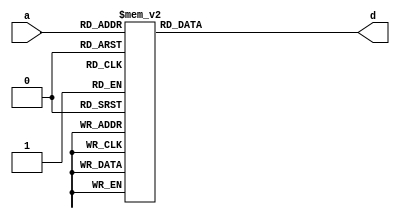
`timescale 1ns / 1ps
//////////////////////////////////////////////////////////////////////////////////
// Company:
// Engineer:
//
// Design Name:
// Module Name:    S0_box
// Project Name:
// Target Devices:
// Tool versions:
// Description:
//
// Dependencies:
//
// Revision:
// Revision 0.01 - File Created
// Additional Comments:
//
//////////////////////////////////////////////////////////////////////////////////
module S0_box(

input	    [7:0]	a,
output reg	[7:0]	d
);

always @(a)
	case(a)		// synopsys full_case parallel_case
		8'd0: d  = 8'h3e;
		8'd1: d  = 8'h72;
		8'd2: d  = 8'h5b;
		8'd3: d  = 8'h47;
		8'd4: d  = 8'hca;
		8'd5: d  = 8'he0;
		8'd6: d  = 8'h00;
		8'd7: d  = 8'h33;
		8'd8: d  = 8'h04;
		8'd9: d  = 8'hd1;
		8'd10: d  = 8'h54;
		8'd11: d  = 8'h98;
		8'd12: d  = 8'h09;
		8'd13: d  = 8'hb9;
		8'd14: d  = 8'h6d;
		8'd15: d  = 8'hcb;
		8'd16: d  = 8'h7b;
		8'd17: d  = 8'h1b;
		8'd18: d  = 8'hf9;
		8'd19: d  = 8'h32;
		8'd20: d  = 8'haf;
		8'd21: d  = 8'h9d;
		8'd22: d  = 8'h6a;
		8'd23: d  = 8'ha5;
		8'd24: d  = 8'hb8;
		8'd25: d  = 8'h2d;
		8'd26: d  = 8'hfc;
		8'd27: d  = 8'h1d;
		8'd28: d  = 8'h08;
		8'd29: d  = 8'h53;
		8'd30: d  = 8'h03;
		8'd31: d  = 8'h90;
		8'd32: d  = 8'h4d;
		8'd33: d  = 8'h4e;
		8'd34: d  = 8'h84;
		8'd35: d  = 8'h99;
		8'd36: d  = 8'he4;
		8'd37: d  = 8'hce;
		8'd38: d  = 8'hd9;
		8'd39: d  = 8'h91;
		8'd40: d  = 8'hdd;
		8'd41: d  = 8'hb6;
		8'd42: d  = 8'h85;
		8'd43: d  = 8'h48;
		8'd44: d  = 8'h8b;
		8'd45: d  = 8'h29;
		8'd46: d  = 8'h6e;
		8'd47: d  = 8'hac;
		8'd48: d  = 8'hcd;
		8'd49: d  = 8'hc1;
		8'd50: d  = 8'hf8;
		8'd51: d  = 8'h1e;
		8'd52: d  = 8'h73;
		8'd53: d  = 8'h43;
		8'd54: d  = 8'h69;
		8'd55: d  = 8'hc6;
		8'd56: d  = 8'hb5;
		8'd57: d  = 8'hbd;
		8'd58: d  = 8'hfd;
		8'd59: d  = 8'h39;
		8'd60: d  = 8'h63;
		8'd61: d  = 8'h20;
		8'd62: d  = 8'hd4;
		8'd63: d  = 8'h38;
		8'd64: d  = 8'h76;
		8'd65: d  = 8'h7d;
		8'd66: d  = 8'hb2;
		8'd67: d  = 8'ha7;
		8'd68: d  = 8'hcf;
		8'd69: d  = 8'hed;
		8'd70: d  = 8'h57;
		8'd71: d  = 8'hc5;
		8'd72: d  = 8'hf3;
		8'd73: d  = 8'h2c;
		8'd74: d  = 8'hbb;
		8'd75: d  = 8'h14;
		8'd76: d  = 8'h21;
		8'd77: d  = 8'h06;
		8'd78: d  = 8'h55;
		8'd79: d  = 8'h9b;
		8'd80: d  = 8'he3;
		8'd81: d  = 8'hef;
		8'd82: d  = 8'h5e;
		8'd83: d  = 8'h31;
		8'd84: d  = 8'h4f;
		8'd85: d  = 8'h7f;
		8'd86: d  = 8'h5a;
		8'd87: d  = 8'ha4;
		8'd88: d  = 8'h0d;
		8'd89: d  = 8'h82;
		8'd90: d  = 8'h51;
		8'd91: d  = 8'h49;
		8'd92: d  = 8'h5f;
		8'd93: d  = 8'hba;
		8'd94: d  = 8'h58;
		8'd95: d  = 8'h1c;
		8'd96: d  = 8'h4a;
		8'd97: d  = 8'h16;
		8'd98: d  = 8'hd5;
		8'd99: d  = 8'h17;
		8'd100: d  = 8'ha8;
		8'd101: d  = 8'h92;
		8'd102: d  = 8'h24;
		8'd103: d  = 8'h1f;
		8'd104: d  = 8'h8c;
		8'd105: d  = 8'hff;
		8'd106: d  = 8'hd8;
		8'd107: d  = 8'hae;
		8'd108: d  = 8'h2e;
		8'd109: d  = 8'h01;
		8'd110: d  = 8'hd3;
		8'd111: d  = 8'had;
		8'd112: d  = 8'h3b;
		8'd113: d  = 8'h4b;
		8'd114: d  = 8'hda;
		8'd115: d  = 8'h46;
		8'd116: d  = 8'heb;
		8'd117: d  = 8'hc9;
		8'd118: d  = 8'hde;
		8'd119: d  = 8'h9a;
		8'd120: d  = 8'h8f;
		8'd121: d  = 8'h87;
		8'd122: d  = 8'hd7;
		8'd123: d  = 8'h3a;
		8'd124: d  = 8'h80;
		8'd125: d  = 8'h6f;
		8'd126: d  = 8'h2f;
		8'd127: d  = 8'hc8;
		8'd128: d  = 8'hb1;
		8'd129: d  = 8'hb4;
		8'd130: d  = 8'h37;
		8'd131: d  = 8'hf7;
		8'd132: d  = 8'h0a;
		8'd133: d  = 8'h22;
		8'd134: d  = 8'h13;
		8'd135: d  = 8'h28;
		8'd136: d  = 8'h7c;
		8'd137: d  = 8'hcc;
		8'd138: d  = 8'h3c;
		8'd139: d  = 8'h89;
		8'd140: d  = 8'hc7;
		8'd141: d  = 8'hc3;
		8'd142: d  = 8'h96;
		8'd143: d  = 8'h56;
		8'd144: d  = 8'h07;
		8'd145: d  = 8'hbf;
		8'd146: d  = 8'h7e;
		8'd147: d  = 8'hf0;
		8'd148: d  = 8'h0b;
		8'd149: d  = 8'h2b;
		8'd150: d  = 8'h97;
		8'd151: d  = 8'h52;
		8'd152: d  = 8'h35;
		8'd153: d  = 8'h41;
		8'd154: d  = 8'h79;
		8'd155: d  = 8'h61;
		8'd156: d  = 8'ha6;
		8'd157: d  = 8'h4c;
		8'd158: d  = 8'h10;
		8'd159: d  = 8'hfe;
		8'd160: d  = 8'hbc;
		8'd161: d  = 8'h26;
		8'd162: d  = 8'h95;
		8'd163: d  = 8'h88;
		8'd164: d  = 8'h8a;
		8'd165: d  = 8'hb0;
		8'd166: d  = 8'ha3;
		8'd167: d  = 8'hfb;
		8'd168: d  = 8'hc0;
		8'd169: d  = 8'h18;
		8'd170: d  = 8'h94;
		8'd171: d  = 8'hf2;
		8'd172: d  = 8'he1;
		8'd173: d  = 8'he5;
		8'd174: d  = 8'he9;
		8'd175: d  = 8'h5d;
		8'd176: d  = 8'hd0;
		8'd177: d  = 8'hdc;
		8'd178: d  = 8'h11;
		8'd179: d  = 8'h66;
		8'd180: d  = 8'h64;
		8'd181: d  = 8'h5c;
		8'd182: d  = 8'hec;
		8'd183: d  = 8'h59;
		8'd184: d  = 8'h42;
		8'd185: d  = 8'h75;
		8'd186: d  = 8'h12;
		8'd187: d  = 8'hf5;
		8'd188: d  = 8'h74;
		8'd189: d  = 8'h9c;
		8'd190: d  = 8'haa;
		8'd191: d  = 8'h23;
		8'd192: d  = 8'h0e;
		8'd193: d  = 8'h86;
		8'd194: d  = 8'hab;
		8'd195: d  = 8'hbe;
		8'd196: d  = 8'h2a;
		8'd197: d  = 8'h02;
		8'd198: d  = 8'he7;
		8'd199: d  = 8'h67;
		8'd200: d  = 8'he6;
		8'd201: d  = 8'h44;
		8'd202: d  = 8'ha2;
		8'd203: d  = 8'h6c;
		8'd204: d  = 8'hc2;
		8'd205: d  = 8'h93;
		8'd206: d  = 8'h9f;
		8'd207: d  = 8'hf1;
		8'd208: d  = 8'hf6;
		8'd209: d  = 8'hfa;
		8'd210: d  = 8'h36;
		8'd211: d  = 8'hd2;
		8'd212: d  = 8'h50;
		8'd213: d  = 8'h68;
		8'd214: d  = 8'h9e;
		8'd215: d  = 8'h62;
		8'd216: d  = 8'h71;
		8'd217: d  = 8'h15;
		8'd218: d  = 8'h3d;
		8'd219: d  = 8'hd6;
		8'd220: d  = 8'h40;
		8'd221: d  = 8'hc4;
		8'd222: d  = 8'he2;
		8'd223: d  = 8'h0f;
		8'd224: d  = 8'h8e;
		8'd225: d  = 8'h83;
		8'd226: d  = 8'h77;
		8'd227: d  = 8'h6b;
		8'd228: d  = 8'h25;
		8'd229: d  = 8'h05;
		8'd230: d  = 8'h3f;
		8'd231: d  = 8'h0c;
		8'd232: d  = 8'h30;
		8'd233: d  = 8'hea;
		8'd234: d  = 8'h70;
		8'd235: d  = 8'hb7;
		8'd236: d  = 8'ha1;
		8'd237: d  = 8'he8;
		8'd238: d  = 8'ha9;
		8'd239: d  = 8'h65;
		8'd240: d  = 8'h8d;
		8'd241: d  = 8'h27;
		8'd242: d  = 8'h1a;
		8'd243: d  = 8'hdb;
		8'd244: d  = 8'h81;
		8'd245: d  = 8'hb3;
		8'd246: d  = 8'ha0;
		8'd247: d  = 8'hf4;
		8'd248: d  = 8'h45;
		8'd249: d  = 8'h7a;
		8'd250: d  = 8'h19;
		8'd251: d  = 8'hdf;
		8'd252: d  = 8'hee;
		8'd253: d  = 8'h78;
		8'd254: d  = 8'h34;
		8'd255: d  = 8'h60;
endcase

endmodule